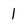
Character: l